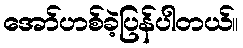
အော်ဟစ်ခဲ့ပြန်ပါတယ်။